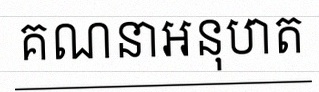
គណនាអនុបាត